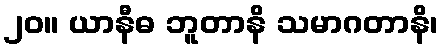
၂၀။ ယာနီဓ ဘူတာနိ သမာဂတာနိ၊